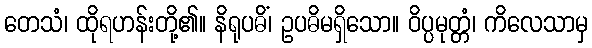
တေသံ၊ ထိုရဟန်းတို့၏။ နိရုပဓိံ၊ ဥပဓိမရှိသော။ ဝိပ္ပမုတ္တံ၊ ကိလေသာမှ